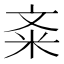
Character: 㪰